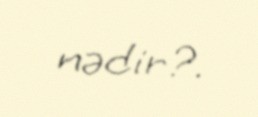
nədir?.